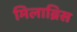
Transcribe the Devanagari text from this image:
मिलाब्रिस